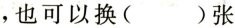
，也可以换()张